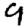
Digit: 9